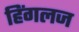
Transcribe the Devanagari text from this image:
हिंगलज